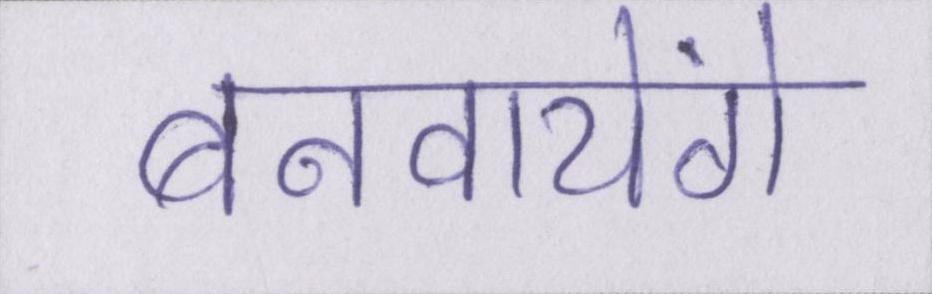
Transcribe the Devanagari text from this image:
बनवायेंगे